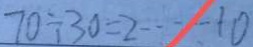
7 0 \div 3 0 = 2 \cdots 1 0